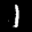
Label: 1